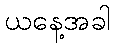
ယနေ့အခါ